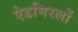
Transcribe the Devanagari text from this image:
ऐडमिरलों